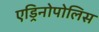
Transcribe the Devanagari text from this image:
एड्रिनोपोलिस